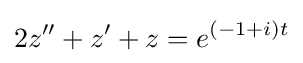
2z''+z'+z=e^{(-1+i)t}